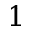
1